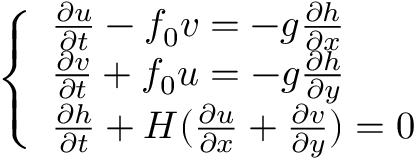
\left\{ \begin{array} { l l } { \frac { \partial u } { \partial t } - f _ { 0 } v = - g \frac { \partial h } { \partial x } } \\ { \frac { \partial v } { \partial t } + f _ { 0 } u = - g \frac { \partial h } { \partial y } } \\ { \frac { \partial h } { \partial t } + H ( \frac { \partial u } { \partial x } + \frac { \partial v } { \partial y } ) = 0 } \end{array} \right.